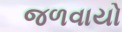
જળવાયો